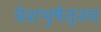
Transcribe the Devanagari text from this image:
वेशभूषेतूनच